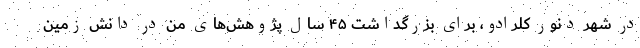
در شهر دنور کلرادو، برای بزرگداشت ۴۵ سال پژوهش‌های من در دانش زمین